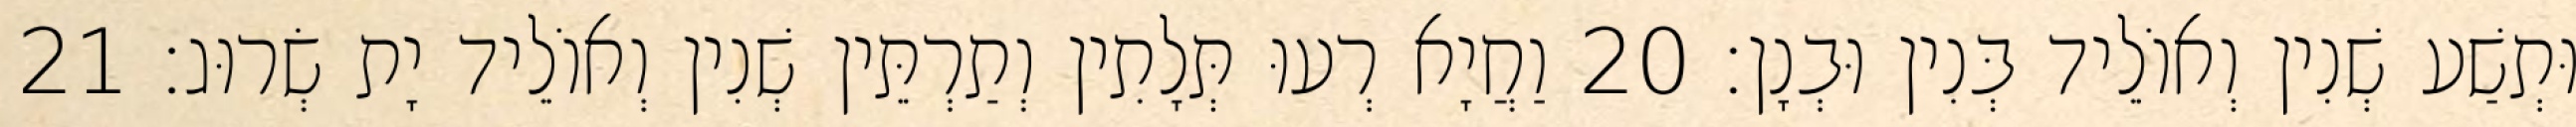
וּתְשַׁע שְׁנִין וְאוֹלֵיד בְּנִין וּבְנָן׃ 20 וַחֲיָא רְעוּ תְּלָתִין וְתַרְתֵּין שְׁנִין וְאוֹלֵיד יָת שְׂרוּג׃ 21